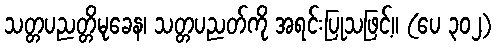
သတ္တပညတ္တိမုခေန၊ သတ္တပညတ်ကို အရင်းပြုသဖြင့်။ (ပေ ၃၀၂)